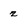
Character: z